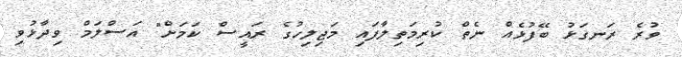
ވުރެ ރަނގަޅު ބޭފުޅެއް ނެތް ކުރިމަތިލާފައި މަޖިލިހުގެ ރައީސް ކަމަށް" އަސްލަމް ވިދާޅުވި